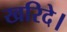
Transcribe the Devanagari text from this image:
खरिदे।